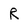
Character: R